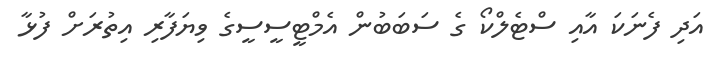
އަދި ފެނަކަ އާއި ސްޓެލްކޯ ގެ ސަބަބުން އެމްޓީސީސީގެ ވިޔަފާރި އިތުރަށް ފުޅާ